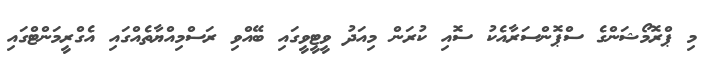
މި ޕްރޮމޯޝަންގެ ސްޕޮންސަރާއެކު ސޮއި ކުރަން މިއަދު ވީޓީވީގައި ބޭއްވި ރަސްމިއްޔާތެއްގައި އެގްރީމަންޓްގައި